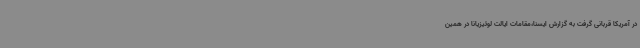
در آمریکا قربانی گرفت به گزارش ایسنا،‌مقامات ایالت لوئیزیانا در همین